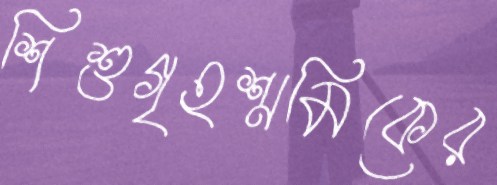
শিশুগৃহশ্রমিকের